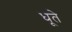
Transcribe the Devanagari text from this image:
धूते